画像に写った文字を読んでください
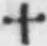
「十」と書いてあります